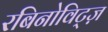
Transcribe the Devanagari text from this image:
रबिनोविट्ज़